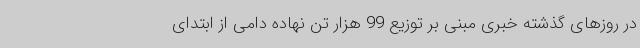
در روزهای گذشته خبری مبنی بر توزیع 99 هزار تن نهاده دامی از ابتدای